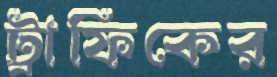
ট্রাফিকের